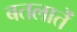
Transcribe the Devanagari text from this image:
बतलातें